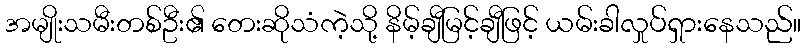
အမျိုးသမီးတစ်ဦး၏ တေးဆိုသံကဲ့သို့ နိမ့်ချီမြင့်ချီဖြင့် ယမ်းခါလှုပ်ရှားနေသည်။